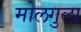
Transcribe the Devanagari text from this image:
मोलगुला